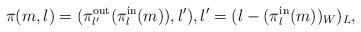
LaTeX: \begin{align*}\pi(m,l) = (\pi_{l'}^{\mathrm{out}}(\pi_{l}^{\mathrm{in}}(m)),l'), l'=(l-(\pi_{l}^{\mathrm{in}}(m))_{W})_{L}, \end{align*}